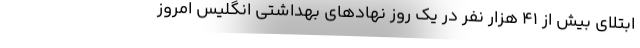
ابتلای بیش از 41 هزار نفر در یک روز نهادهای بهداشتی انگلیس امروز